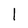
Character: I